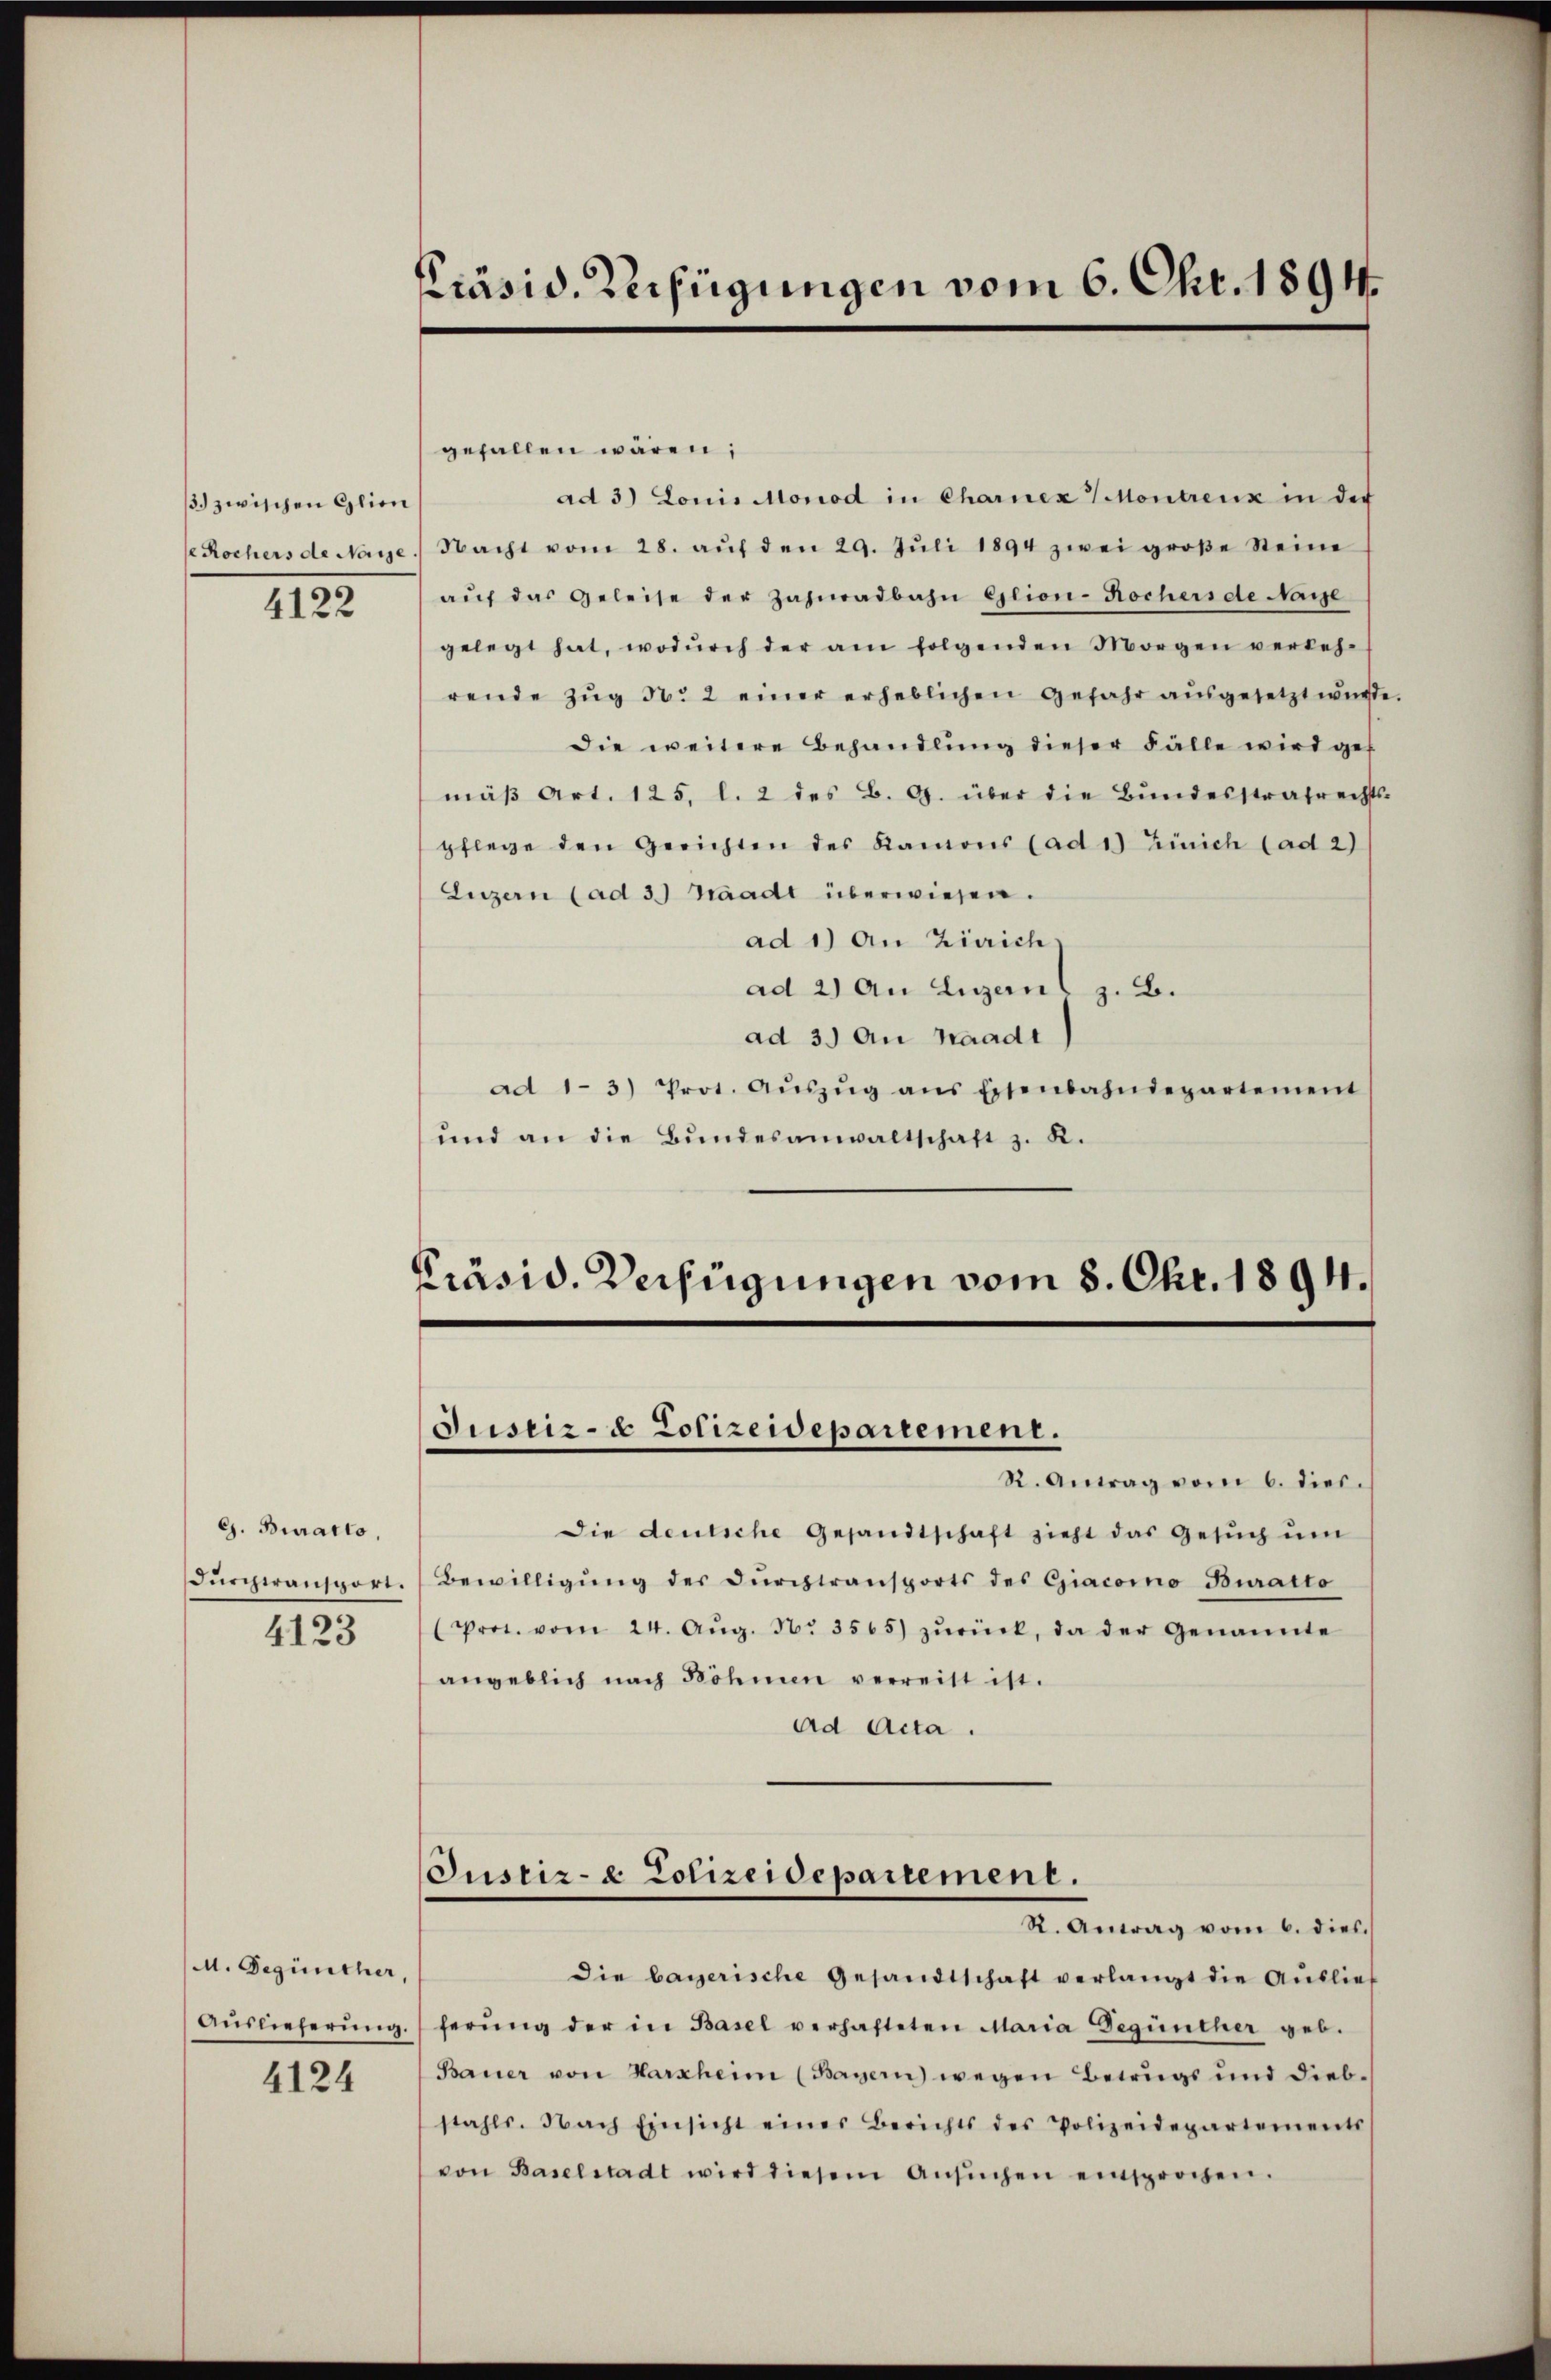
13. zwischen Glie
4122

G. Buratto,
4123

M. Begünther,

4124

Präsid. Verfügungen vom 6. Okt. 1894.

gefallen wären;
ad 3) Louis Monod in Charnex ½ Montrenz in der
eRochers de Nage. Nacht vom 28. aŭf den 29. Jŭli 1894 zwei groβe Steine
aŭf das Geleise der Zahnadbahn Glion-Rochers de Nache
gelegt hat, wodŭrch der am folgenden Morgen verkeh-
rende Zŭg N. 2 einer erheblichen Gefahr aŭsgesetzt würde.
die weitere Behandlung dieser Fälle wird gef
mäβ Art. 125. l. 2 des B. G. über die Bundesstrafrechts-
pflege den Gerichten des Ramons (ad 1) Zürich (ad 2)
Luzern (ad 3.) Waadt überwiesen.
ad 1) An Zürich
ad 2) An Liganl z. B.
ad 3.) An Waadt)
ad 1-3) Prot. Aŭszŭg ans Eisenbahndepartement
ŭnd an die Bŭndesanwaltschaft z. K.

Präsid. Verfügungen vom 8. Okt. 1894.
Justiz- & Polizeidepartement.

R. Antrag vom 6. dies.
Die deutsche Gesandtschaft zieht das Gesŭch ŭm
Dŭrchransport. Bewilligŭng der Dŭrchtransports des Giacoino Buralto
(Prot. vom 24. Aŭg. No. 3565) zŭrück, da der Genannte
angeblich nach Böhmen verreist ist.
Ad Acta.

Justiz- & Polizeidepartement.
R. Antrag vom 6. dies

die bayerische Gesandtschaft verlangt die Aŭslief
Aŭslieferŭng ferŭng der in Basel verhafteten Maria Begüncher geb.
Bauer von Harzheim (Bayern) wegen Betrugs und Diebstahls. Nach Einsicht eines Berichts des Polizeidepartements
von Baselstadt wird diesem Ansŭchen einsprochen.